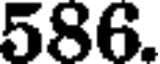
586.